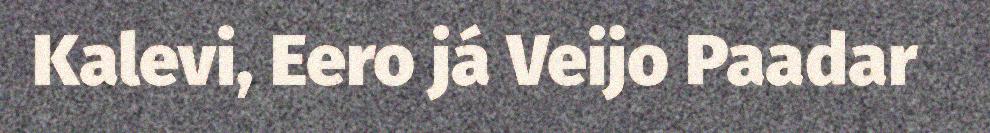
Kalevi, Eero já Veijo Paadar